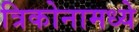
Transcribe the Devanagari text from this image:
त्रिकोनामध्ये